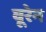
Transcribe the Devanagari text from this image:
वूरेन